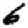
Digit: 6